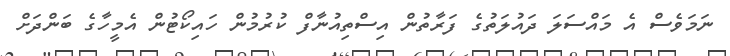
ނަމަވެސް އެ މައްސަލަ ދައުލަތުގެ ފަރާތުން އިސްތިއުނާފް ކުރުމުން ހައިކޯޓުން އެމީހާގެ ބަންދަށް